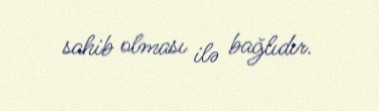
sahib olması ilə bağlıdır.